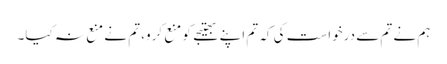
ہم نے تم سے درخواست کی کہ تم اپنے بھتیجے کو منع کرو، تم نے منع نہ کیا۔